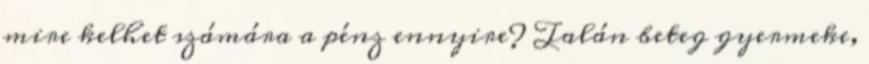
mire kelhet számára a pénz ennyire? Talán beteg gyermeke,